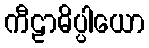
ကီဠာဓိပ္ပါယော